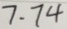
7 . 7 4